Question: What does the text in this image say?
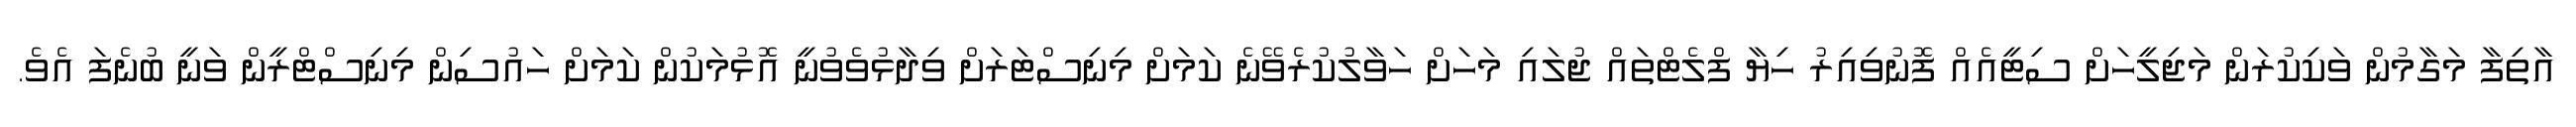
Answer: އާތިފާ މަގާމުން ވަކިކުރަން މަޖިލީހަށް ސިޓީއެއް ފޮނުވިއިރު ހިޔާ ފްލެޓްތައް ޖުލައި މަހަށް ހަވާލުކުރެވޭނެ ކަމަށް މިނިސްޓަރަށް ވިދާޅުވެވުނީ އޮޅުމަކުން ކަމަށް ހައުސިން މިނިސްޓްރީން ވަނީ ބުނެފަ އެވެ.